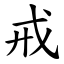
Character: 戒